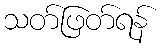
သတ်ဖြတ်ရန်